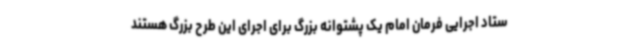
ستاد اجرایی فرمان امام یک پشتوانه بزرگ برای اجرای این طرح بزرگ هستند